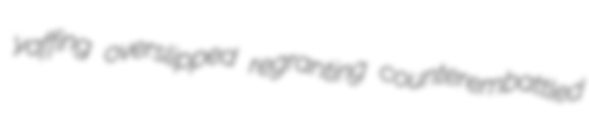
yaffing overslipped regranting counterembattled